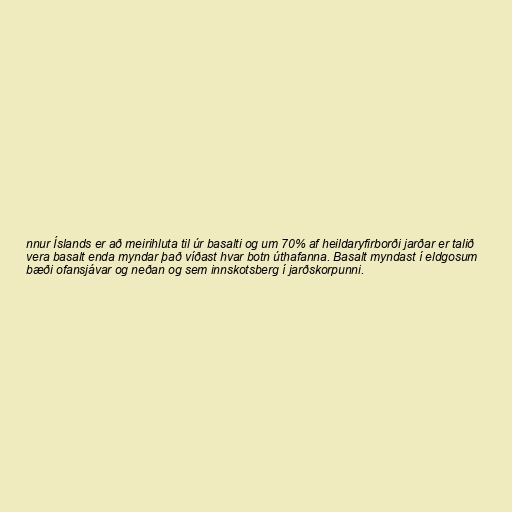
nnur Íslands er að meirihluta til úr basalti og um 70% af heildaryfirborði jarðar er talið
vera basalt enda myndar það víðast hvar botn úthafanna. Basalt myndast í eldgosum
bæði ofansjávar og neðan og sem innskotsberg í jarðskorpunni.